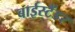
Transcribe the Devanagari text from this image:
बाईस्टैंडर